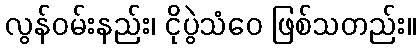
လွန်ဝမ်းနည်း၊ ငိုပွဲသံဝေ ဖြစ်သတည်း။